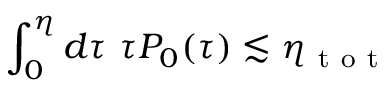
\int _ { 0 } ^ { \eta } d \tau ~ \tau P _ { 0 } ( \tau ) \lesssim \eta _ { \mathrm { ~ t ~ o ~ t ~ } }